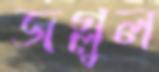
জগ্লুল